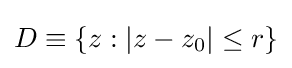
D\equiv \{z:|z-z_{0}|\leq r\}